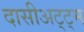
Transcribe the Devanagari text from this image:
दासीअट्ट्म